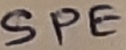
Text: SPE